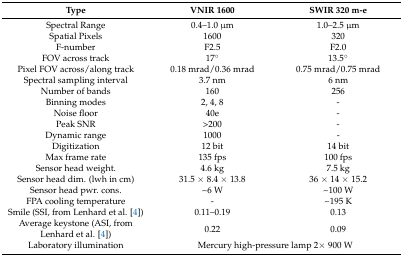
| Type | VNIR 1600 | SWIR 320 m-e |
 | --- | --- | --- |
 | Spectral Range | 0.4–1.0 μm | 1.0–2.5 μm |
 | Spatial Pixels | 1600 | 320 |
 | F-number | F2.5 | F2.0 |
 | FOV across track | 17° | 13.5° |
 | Pixel FOV across/along track | 0.18 mrad/0.36 mrad | 0.75 mrad/0.75 mrad |
 | Spectral sampling interval | 3.7 nm | 6 nm |
 | Number of bands | 160 | 256 |
 | Binning modes | 2, 4, 8 | - |
 | Noise floor | 40e | - |
 | Peak SNR | >200 | - |
 | Dynamic range | 1000 | - |
 | Digitization | 12 bit | 14 bit |
 | Max frame rate | 135 fps | 100 fps |
 | Sensor head weight. | 4.6 kg | 7.5 kg |
 | Sensor head dim. (lwh in cm) | 31.5 × 8.4 × 13.8 | 36 × 14 × 15.2 |
 | Sensor head pwr. cons. | ~6 W | ~100 W |
 | FPA cooling temperature | - | ~195 K |
 | Smile (SSI, from Lenhard et al. [4]) | 0.11–0.19 | 0.13 |
 | Average keystone (ASI, from Lenhard et al. [4]) | 0.22 | 0.09 |
 | Laboratory illumination | <COLSPAN=2> Mercury high-pressure lamp 2× 900 W |